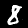
Label: 8